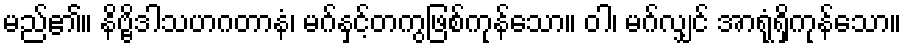
မည်၏။ နိဗ္ဗိဒါသဟဂတာနံ၊ မဂ်နှင့်တကွဖြစ်ကုန်သော။ ဝါ၊ မဂ်လျှင် အာရုံရှိကုန်သော။